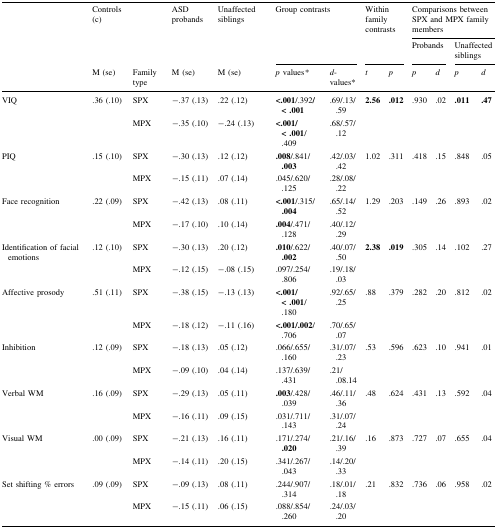
<table><thead><tr><td rowspan="3"></td><td rowspan="2"><b>Controls (c)</b></td><td rowspan="2"></td><td rowspan="2"><b>ASD probands</b></td><td rowspan="2"><b>Unaffected siblings</b></td><td rowspan="2" colspan="2"><b>Group contrasts</b></td><td rowspan="2" colspan="2"><b>Within family contrasts</b></td><td colspan="4"><b>Comparisons between SPX and MPX family members</b></td></tr><tr><td colspan="2"><b>Probands</b></td><td colspan="2"><b>Unaffected siblings</b></td></tr><tr><td><b>M (se)</b></td><td><b>Family type</b></td><td><b>M (se)</b></td><td><b>M (se)</b></td><td><b><i>p</i> values<i>*</i></b></td><td><b><i>d</i>-values*</b></td><td><b><i>t</i></b></td><td><b><i>p</i></b></td><td><b><i>p</i></b></td><td><b><i>d</i></b></td><td><b><i>p</i></b></td><td><b><i>d</i></b></td></tr></thead><tbody><tr><td rowspan="2">VIQ</td><td rowspan="2">.36 (.10)</td><td>SPX</td><td>−.37 (.13)</td><td>.22 (.12)</td><td><b>&lt;.001</b>/.392<b>/&lt;</b> <b>.001</b></td><td>.69/.13/.59</td><td rowspan="2"><b>2.56</b></td><td rowspan="2"><b>.012</b></td><td rowspan="2">.930</td><td rowspan="2">.02</td><td rowspan="2"><b>.011</b></td><td rowspan="2"><b>.47</b></td></tr><tr><td>MPX</td><td>−.35 (.10)</td><td>−.24 (.13)</td><td><b>&lt;.001/&lt;</b> <b>.001</b>/.409</td><td>.68/.57/.12</td></tr><tr><td rowspan="2">PIQ</td><td rowspan="2">.15 (.10)</td><td>SPX</td><td>−.30 (.13)</td><td>.12 (.12)</td><td><b>.008</b>/.841/<b>.003</b></td><td>.42/.03/.42</td><td rowspan="2">1.02</td><td rowspan="2">.311</td><td rowspan="2">.418</td><td rowspan="2">.15</td><td rowspan="2">.848</td><td rowspan="2">.05</td></tr><tr><td>MPX</td><td>−.15 (.11)</td><td>.07 (.14)</td><td>.045/.620/.125</td><td>.28/.08/.22</td></tr><tr><td rowspan="2">Face recognition</td><td rowspan="2">.22 (.09)</td><td>SPX</td><td>−.42 (.13)</td><td>.08 (.11)</td><td><b>&lt;.001</b>/.315/<b>.004</b></td><td>.65/.14/.52</td><td rowspan="2">1.29</td><td rowspan="2">.203</td><td rowspan="2">.149</td><td rowspan="2">.26</td><td rowspan="2">.893</td><td rowspan="2">.02</td></tr><tr><td>MPX</td><td>−.17 (.10)</td><td>.10 (.14)</td><td><b>.004</b>/.471/.128</td><td>.40/.12/.29</td></tr><tr><td rowspan="2">Identification of facial emotions</td><td rowspan="2">.12 (.10)</td><td>SPX</td><td>−.30 (.13)</td><td>.20 (.12)</td><td><b>.010</b>/.622/<b>.002</b></td><td>.40/.07/.50</td><td rowspan="2"><b>2.38</b></td><td rowspan="2"><b>.019</b></td><td rowspan="2">.305</td><td rowspan="2">.14</td><td rowspan="2">.102</td><td rowspan="2">.27</td></tr><tr><td>MPX</td><td>−.12 (.15)</td><td>−.08 (.15)</td><td>.097/.254/.806</td><td>.19/.18/.03</td></tr><tr><td>Affective prosody</td><td>.51 (.11)</td><td>SPX</td><td>−.38 (.15)</td><td>−.13 (.13)</td><td><b>&lt;.001/&lt;</b> <b>.001</b>/.180</td><td>.92/.65/.25</td><td rowspan="2">.88</td><td rowspan="2">.379</td><td rowspan="2">.282</td><td rowspan="2">.20</td><td rowspan="2">.812</td><td rowspan="2">.02</td></tr><tr><td></td><td></td><td>MPX</td><td>−.18 (.12)</td><td>−.11 (.16)</td><td><b>&lt;.001/.002</b>/.706</td><td>.70/.65/.07</td></tr><tr><td>Inhibition</td><td>.12 (.09)</td><td>SPX</td><td>−.18 (.13)</td><td>.05 (.12)</td><td>.066/.655/.160</td><td>.31/.07/.23</td><td rowspan="2">.53</td><td rowspan="2">.596</td><td rowspan="2">.623</td><td rowspan="2">.10</td><td rowspan="2">.941</td><td rowspan="2">.01</td></tr><tr><td></td><td></td><td>MPX</td><td>−.09 (.10)</td><td>.04 (.14)</td><td>.137/.639/.431</td><td>.21/.08.14</td></tr><tr><td rowspan="2">Verbal WM</td><td rowspan="2">.16 (.09)</td><td>SPX</td><td>−.29 (.13)</td><td>.05 (.11)</td><td><b>.003</b>/.428/.039</td><td>.46/.11/.36</td><td rowspan="2">.48</td><td rowspan="2">.624</td><td rowspan="2">.431</td><td rowspan="2">.13</td><td rowspan="2">.592</td><td rowspan="2">.04</td></tr><tr><td>MPX</td><td>−.16 (.11)</td><td>.09 (.15)</td><td>.031/.711/.143</td><td>.31/.07/.24</td></tr><tr><td rowspan="2">Visual WM</td><td rowspan="2">.00 (.09)</td><td>SPX</td><td>−.21 (.13)</td><td>.16 (.11)</td><td>.171/.274/<b>.020</b></td><td>.21/.16/.39</td><td rowspan="2">.16</td><td rowspan="2">.873</td><td rowspan="2">.727</td><td rowspan="2">.07</td><td rowspan="2">.655</td><td rowspan="2">.04</td></tr><tr><td>MPX</td><td>−.14 (.11)</td><td>.20 (.15)</td><td>.341/.267/.043</td><td>.14/.20/.33</td></tr><tr><td rowspan="2">Set shifting % errors</td><td>.09 (.09)</td><td>SPX</td><td>−.09 (.13)</td><td>.08 (.11)</td><td>.244/.907/.314</td><td>.18/.01/.18</td><td rowspan="2">.21</td><td rowspan="2">.832</td><td rowspan="2">.736</td><td rowspan="2">.06</td><td rowspan="2">.958</td><td rowspan="2">.02</td></tr><tr><td></td><td>MPX</td><td>−.15 (.11)</td><td>.06 (.15)</td><td>.088/.854/.260</td><td>.24/.03/.20</td></tr></tbody></table>